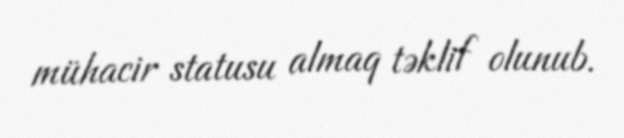
mühacir statusu almaq təklif olunub.